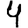
Digit: 4